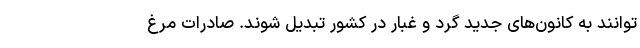
‌توانند به کانون‌های جدید گرد و غبار در کشور تبدیل شوند. صادرات مرغ